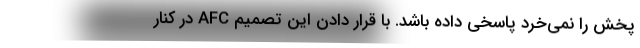
پخش را نمی‌خرد پاسخی داده باشد. با قرار دادن این تصمیم AFC در کنار